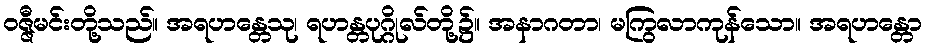
ဝဇ္ဇီမင်းတို့သည်။ အရဟန္တေသု၊ ရဟန္တပုဂ္ဂိုလ်တို့၌။ အနာဂတာ၊ မကြွလာကုန်သော။ အရဟန္တော